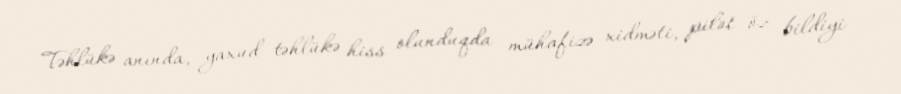
Təhlükə anında, yaxud təhlükə hiss olunduqda mühafizə xidməti, pilot öz bildiyi